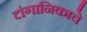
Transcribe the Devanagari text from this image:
टांगानिकाचे